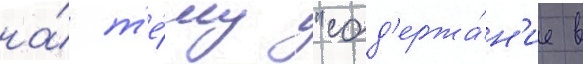
на́ т'е́му "сод'ержа́н'ие в